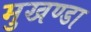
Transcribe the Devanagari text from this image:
मुखण्डा